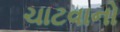
ચાટવાનો